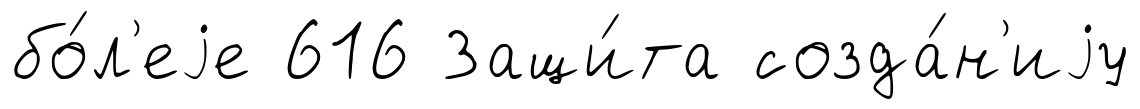
бо́л'еjе 616 Защи́та созда́н'иjу